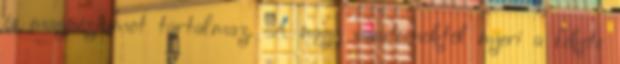
és magnéziumot tartalmaz. A nagy vasatomoktól nyeri a fekete